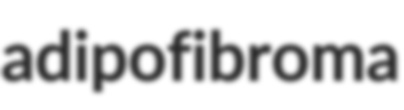
adipofibroma